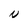
Character: N